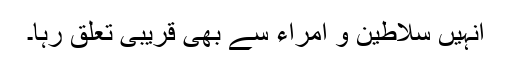
انہیں سلاطین و امراء سے بھی قریبی تعلق رہا۔